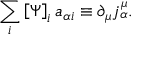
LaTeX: \sum _ { i } \left[ \Psi \right] _ { i } a _ { \alpha i } \equiv \partial _ { \mu } j _ { \alpha } ^ { \mu } .